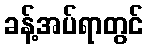
ခန့်အပ်ရာတွင်